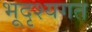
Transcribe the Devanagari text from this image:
भूदृश्यगत